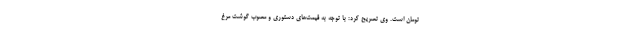
تومان است. وی تصریح کرد: با توجه به قیمت‌های دستوری و مصوب گوشت مرغ